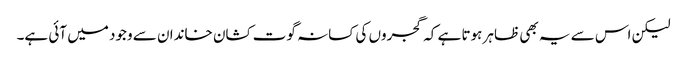
لیکن اس سے یہ بھی ظاہر ہوتا ہے کہ گجروں کی کسانہ گوت کشان خاندان سے وجود میں آئی ہے۔